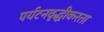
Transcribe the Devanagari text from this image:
पर्यटनवृद्धीकरता